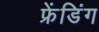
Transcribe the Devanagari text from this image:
फ्रेंडिंग